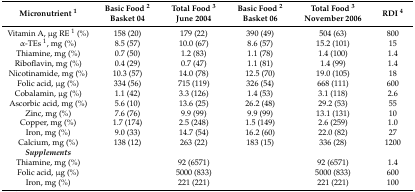
| Micronutrient 1 | Basic Food 2 Basket 04 | Total Food 3 June 2004 | Basic Food 2 Basket 06 | Total Food 3 November 2006 | RDI 4 |
 | --- | --- | --- | --- | --- | --- |
 | Vitamin A, μg RE 1 (%) | 158 (20) | 179 (22) | 390 (49) | 504 (63) | 800 |
 | α-TEs 1, mg (%) | 8.5 (57) | 10.0 (67) | 8.6 (57) | 15.2 (101) | 15 |
 | Thiamine, mg (%) | 0.7 (50) | 1.2 (83) | 1.1 (78) | 1.4 (100) | 1.4 |
 | Riboflavin, mg (%) | 0.4 (29) | 0.7 (47) | 1.1 (81) | 1.4 (99) | 1.4 |
 | Nicotinamide, mg (%) | 10.3 (57) | 14.0 (78) | 12.5 (70) | 19.0 (105) | 18 |
 | Folic acid, μg (%) | 334 (56) | 715 (119) | 326 (54) | 668 (111) | 600 |
 | Cobalamin, μg (%) | 1.1 (42) | 3.3 (126) | 1.4 (53) | 3.1 (118) | 2.6 |
 | Ascorbic acid, mg (%) | 5.6 (10) | 13.6 (25) | 26.2 (48) | 29.2 (53) | 55 |
 | Zinc, mg (%) | 7.6 (76) | 9.9 (99) | 9.9 (99) | 13.1 (131) | 10 |
 | Copper, mg (%) | 1.7 (174) | 2.5 (248) | 1.5 (149) | 2.6 (259) | 1.0 |
 | Iron, mg (%) | 9.0 (33) | 14.7 (54) | 16.2 (60) | 22.0 (82) | 27 |
 | Calcium, mg (%) | 138 (12) | 263 (22) | 183 (15) | 336 (28) | 1200 |
 | Supplements |  |  |  |  |  |
 | Thiamine, mg (%) |  | 92 (6571) |  | 92 (6571) | 1.4 |
 | Folic acid, μg (%) |  | 5000 (833) |  | 5000 (833) | 600 |
 | Iron, mg (%) |  | 221 (221) |  | 221 (221) | 100 |